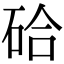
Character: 硆